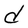
Character: d